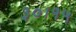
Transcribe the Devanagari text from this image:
३०।१५